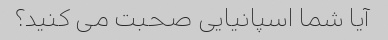
آیا شما اسپانیایی صحبت می کنید؟